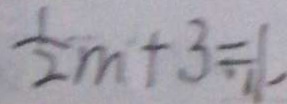
\frac { 1 } { 2 } m + 3 = 1